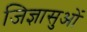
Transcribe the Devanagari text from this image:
जिज्ञासुओं